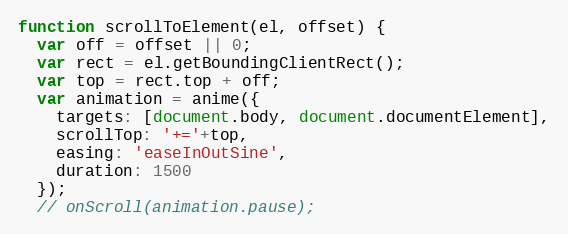
Language: JavaScript
function scrollToElement(el, offset) {
  var off = offset || 0;
  var rect = el.getBoundingClientRect();
  var top = rect.top + off;
  var animation = anime({
    targets: [document.body, document.documentElement],
    scrollTop: '+='+top,
    easing: 'easeInOutSine',
    duration: 1500
  });
  // onScroll(animation.pause);